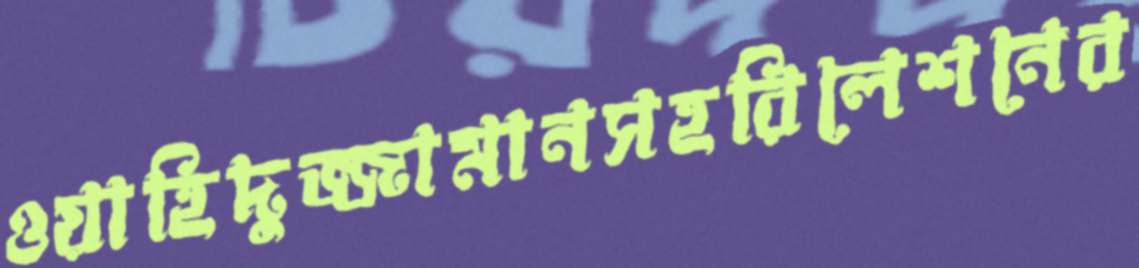
ওয়াহিদুজ্জামানসহরিলেশনের